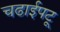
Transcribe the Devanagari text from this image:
चढाईपटू